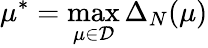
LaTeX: \mu^{*}=\operatorname*{max}_{\mu\in\mathcal{D}}\Delta_{N}(\mu)